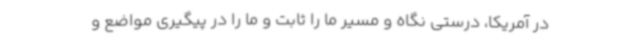
در آمریکا، درستی نگاه و مسیر ما را ثابت و ما را در پیگیری مواضع و